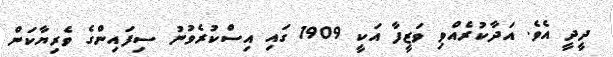
ދީދީ އެވެ. އަދާކުރެއްވި ވަޒީފާ އަކީ 1909 ގައި އިސްކުރެވުނު ސިފައިންގެ ވެރިޔާކަން